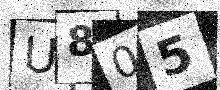
Text: U805